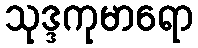
သုဒ္ဒကုမာရော